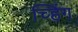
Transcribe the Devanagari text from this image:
च्हिंग